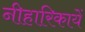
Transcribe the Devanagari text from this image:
नीहारिकायें